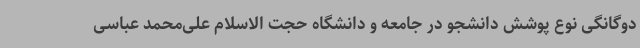
دوگانگی نوع پوشش دانشجو در جامعه و دانشگاه حجت الاسلام علی‌محمد عباسی